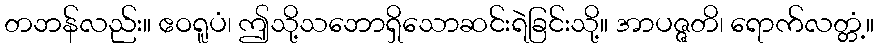
တဘန်လည်း။ ဧဝရူပံ၊ ဤသို့သဘောရှိသောဆင်းရဲခြင်းသို့။ အာပဇ္ဇတိ၊ ရောက်လတ္တံ့။